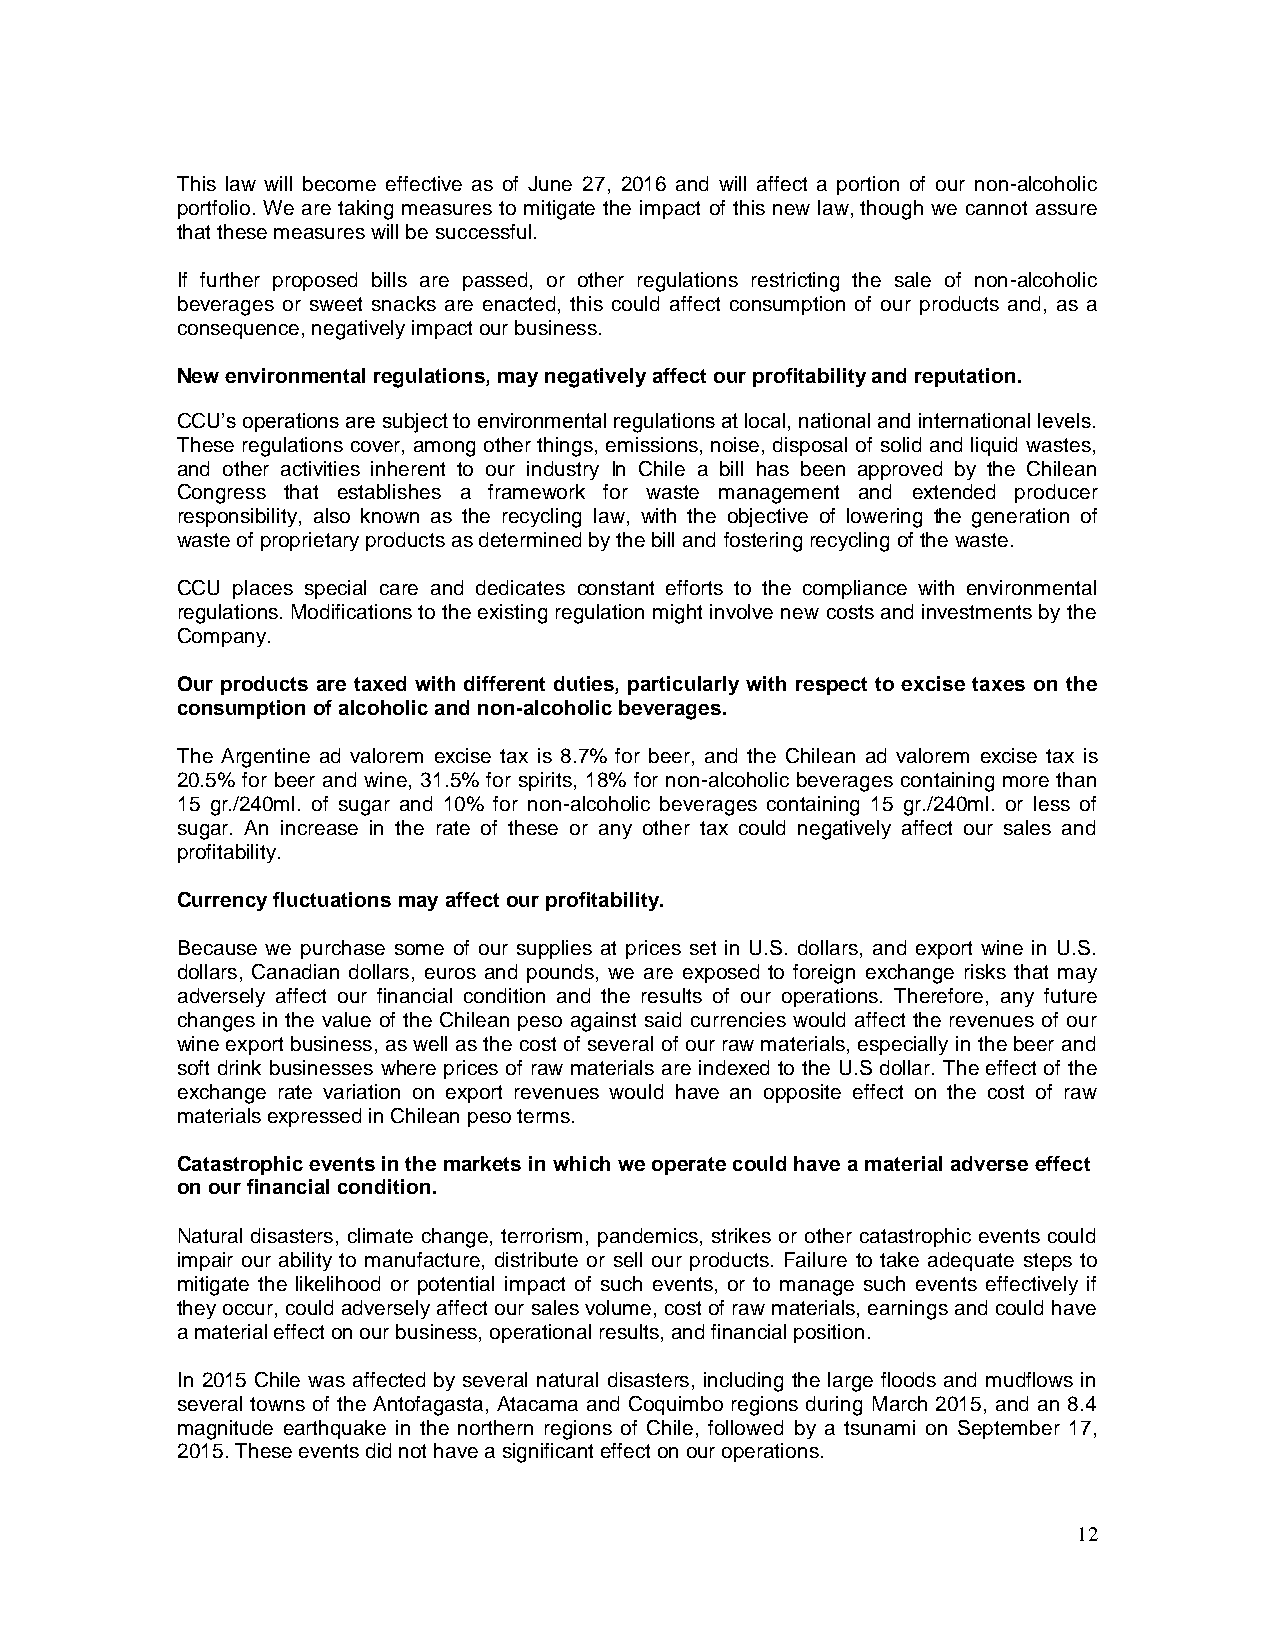
This law will become effective as of June 27, 2016 and will affect a portion of our non-alcoholic
 portfolio. We are taking measures to mitigate the impact of this new law, though we cannot assure
 that these measures will be successful.
 If further proposed bills are passed, or other regulations restricting the sale of non-alcoholic
 beverages or sweet snacks are enacted, this could affect consumption of our products and, as a
 consequence, negatively impact our business.
 New environmental regulations, may negatively affect our profitability and reputation.
 CCU’s operations are subject to environmental regulations at local, national and international levels.
 These regulations cover, among other things, emissions, noise, disposal of solid and liquid wastes,
 and other activities inherent to our industry In Chile a bill has been approved by the Chilean
 Congress that establishes a framework for waste management and extended producer
 responsibility, also known as the recycling law, with the objective of lowering the generation of
 waste of proprietary products as determined by the bill and fostering recycling of the waste.
 CCU places special care and dedicates constant efforts to the compliance with environmental
 regulations. Modifications to the existing regulation might involve new costs and investments by the
 Company.
 Our products are taxed with different duties, particularly with respect to excise taxes on the
 consumption of alcoholic and non-alcoholic beverages.
 The Argentine ad valorem excise tax is 8.7% for beer, and the Chilean ad valorem excise tax is
 20.5% for beer and wine, 31.5% for spirits, 18% for non-alcoholic beverages containing more than
 15 gr./240ml. of sugar and 10% for non-alcoholic beverages containing 15 gr./240ml. or less of
 sugar. An increase in the rate of these or any other tax could negatively affect our sales and
 profitability.
 Currency fluctuations may affect our profitability.
 Because we purchase some of our supplies at prices set in U.S. dollars, and export wine in U.S.
 dollars, Canadian dollars, euros and pounds, we are exposed to foreign exchange risks that may
 adversely affect our financial condition and the results of our operations. Therefore, any future
 changes in the value of the Chilean peso against said currencies would affect the revenues of our
 wine export business, as well as the cost of several of our raw materials, especially in the beer and
 soft drink businesses where prices of raw materials are indexed to the U.S dollar. The effect of the
 exchange rate variation on export revenues would have an opposite effect on the cost of raw
 materials expressed in Chilean peso terms.
 Catastrophic events in the markets in which we operate could have a material adverse effect
 on our financial condition.
 Natural disasters, climate change, terrorism, pandemics, strikes or other catastrophic events could
 impair our ability to manufacture, distribute or sell our products. Failure to take adequate steps to
 mitigate the likelihood or potential impact of such events, or to manage such events effectively if
 they occur, could adversely affect our sales volume, cost of raw materials, earnings and could have
 a material effect on our business, operational results, and financial position.
 In 2015 Chile was affected by several natural disasters, including the large floods and mudflows in
 several towns of the Antofagasta, Atacama and Coquimbo regions during March 2015, and an 8.4
 magnitude earthquake in the northern regions of Chile, followed by a tsunami on September 17,
 2015. These events did not have a significant effect on our operations.
 12